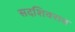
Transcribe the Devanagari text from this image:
सदशिवराव